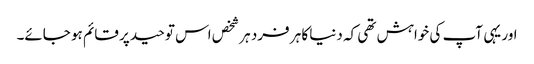
اور یہی آپ کی خواہش تھی کہ دنیا کا ہر فرد ہر شخص اس توحید پر قائم ہو جائے۔